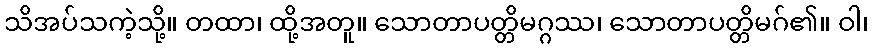
သိအပ်သကဲ့သို့။ တထာ၊ ထို့အတူ။ သောတာပတ္တိမဂ္ဂဿ၊ သောတာပတ္တိမဂ်၏။ ဝါ၊